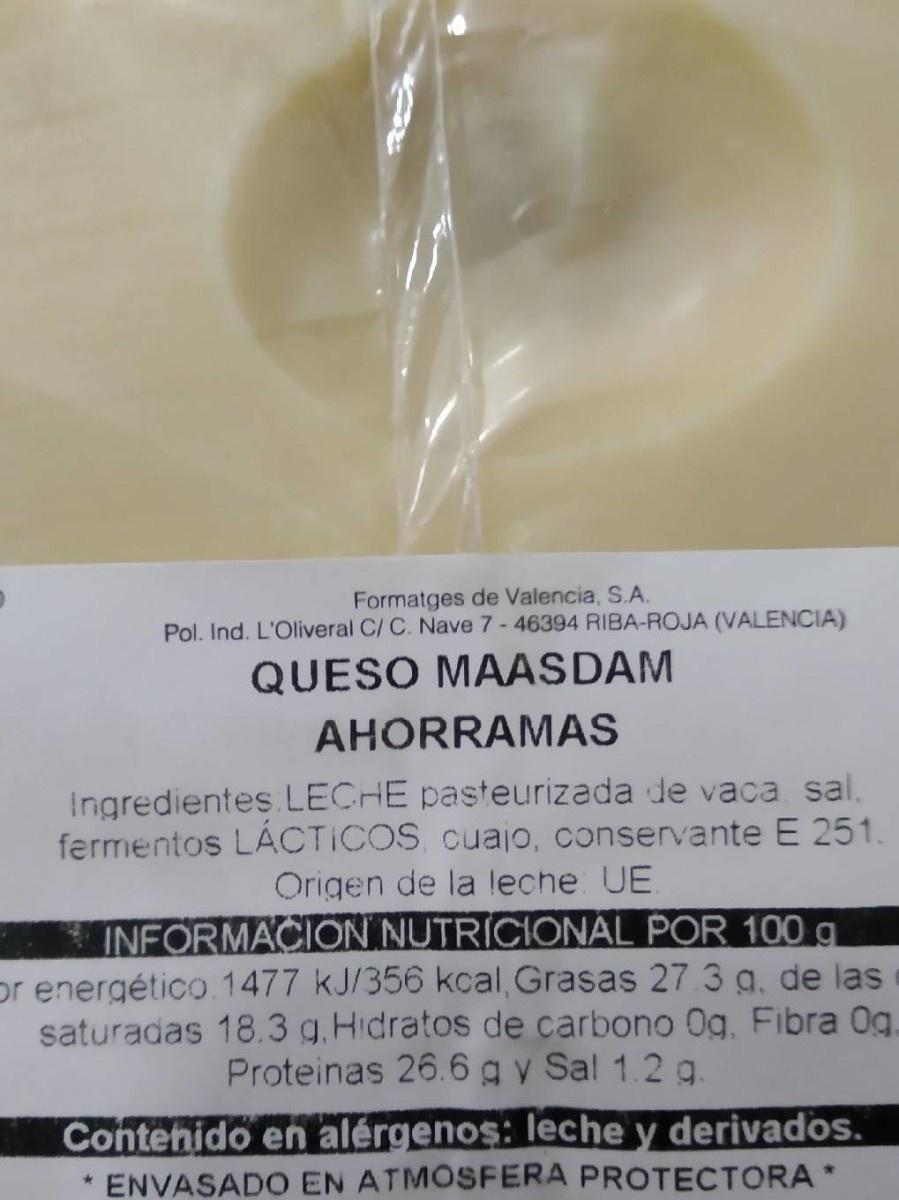
Formatges de Valencia, S.A. Pol. Ind. L'Oliveral C/ C. Nave 7-46394 RIBA-ROJA (VALENCIA)
QUESO MAASDAM
AHORRAMAS
Ingredientes.LECHE pasteurizada de vaca sal, fermentos LÁCTICOS, cuajo, conservante E 251.
Origen de
leche. UE
INFORMACION NUTRÍCIONÁL POR 100 g or energético.1477 kJ/356 kcal, Grasas 27 3 g. de las saturadas 18.3 g, Hidratos de carbono Og, Fibra 0g. Proteinas 26.6gy Sal 1.2 g. Contehido en alérgenos: leche y derivados.
ENVASADO EN ATMOSFERA PROTECTORA